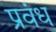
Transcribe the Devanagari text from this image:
प्रवंध